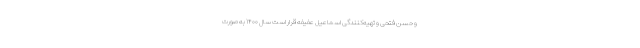
و حسن فتحی و تهیه‌کنندگی اسماعیل عفیفه قرار است سال ۱۴۰۰ به صورت